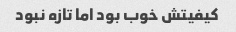
کیفیتش خوب بود اما تازه نبود